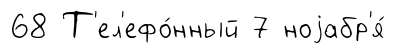
68 Т'ел'ефо́нный 7 ноjабр'я́